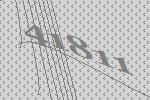
41811